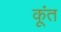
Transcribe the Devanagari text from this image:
कूंत